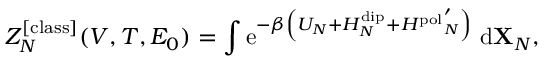
Z _ { N } ^ { [ \mathrm { c l a s s } ] } ( V , T , E _ { 0 } ) = \int \mathrm { e } ^ { - \beta \left( U _ { N } + H _ { N } ^ { \mathrm { d i p } } + { H ^ { \mathrm { p o l } } } _ { N } ^ { \prime } \right) } ~ \mathrm { d } \mathbf { X } _ { N } ,